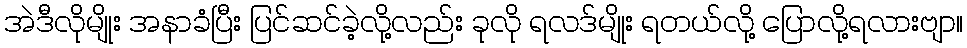
အဲဒီလိုမျိုး အနာခံပြီး ပြင်ဆင်ခဲ့လို့လည်း ခုလို ရလဒ်မျိုး ရတယ်လို့ ပြောလို့ရလားဗျာ။